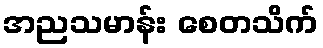
အညသမာန်း စေတသိက်